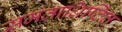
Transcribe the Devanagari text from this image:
समताधिष्ठित